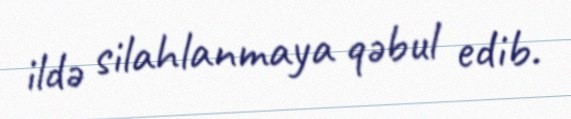
ildə silahlanmaya qəbul edib.